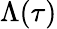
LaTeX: \Lambda(\tau)